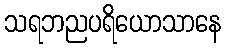
သရဘညပရိယောသာနေ